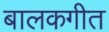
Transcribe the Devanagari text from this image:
बालकगीत